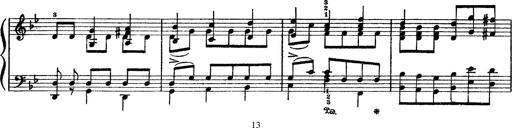
Title: Sarabande und Chaconne aus dem Singspiel
Composer: Franz Liszt